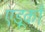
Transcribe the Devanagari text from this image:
एडूकों